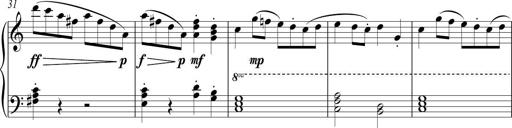
Title: Sonatina No. 1 in C
Composer: A. Marando
Key: C major